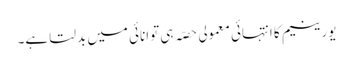
یورینیم کا انتہائی معمولی حصّہ ہی توانائی میں بدلتا ہے۔